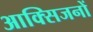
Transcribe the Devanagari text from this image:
आक्सिजनों